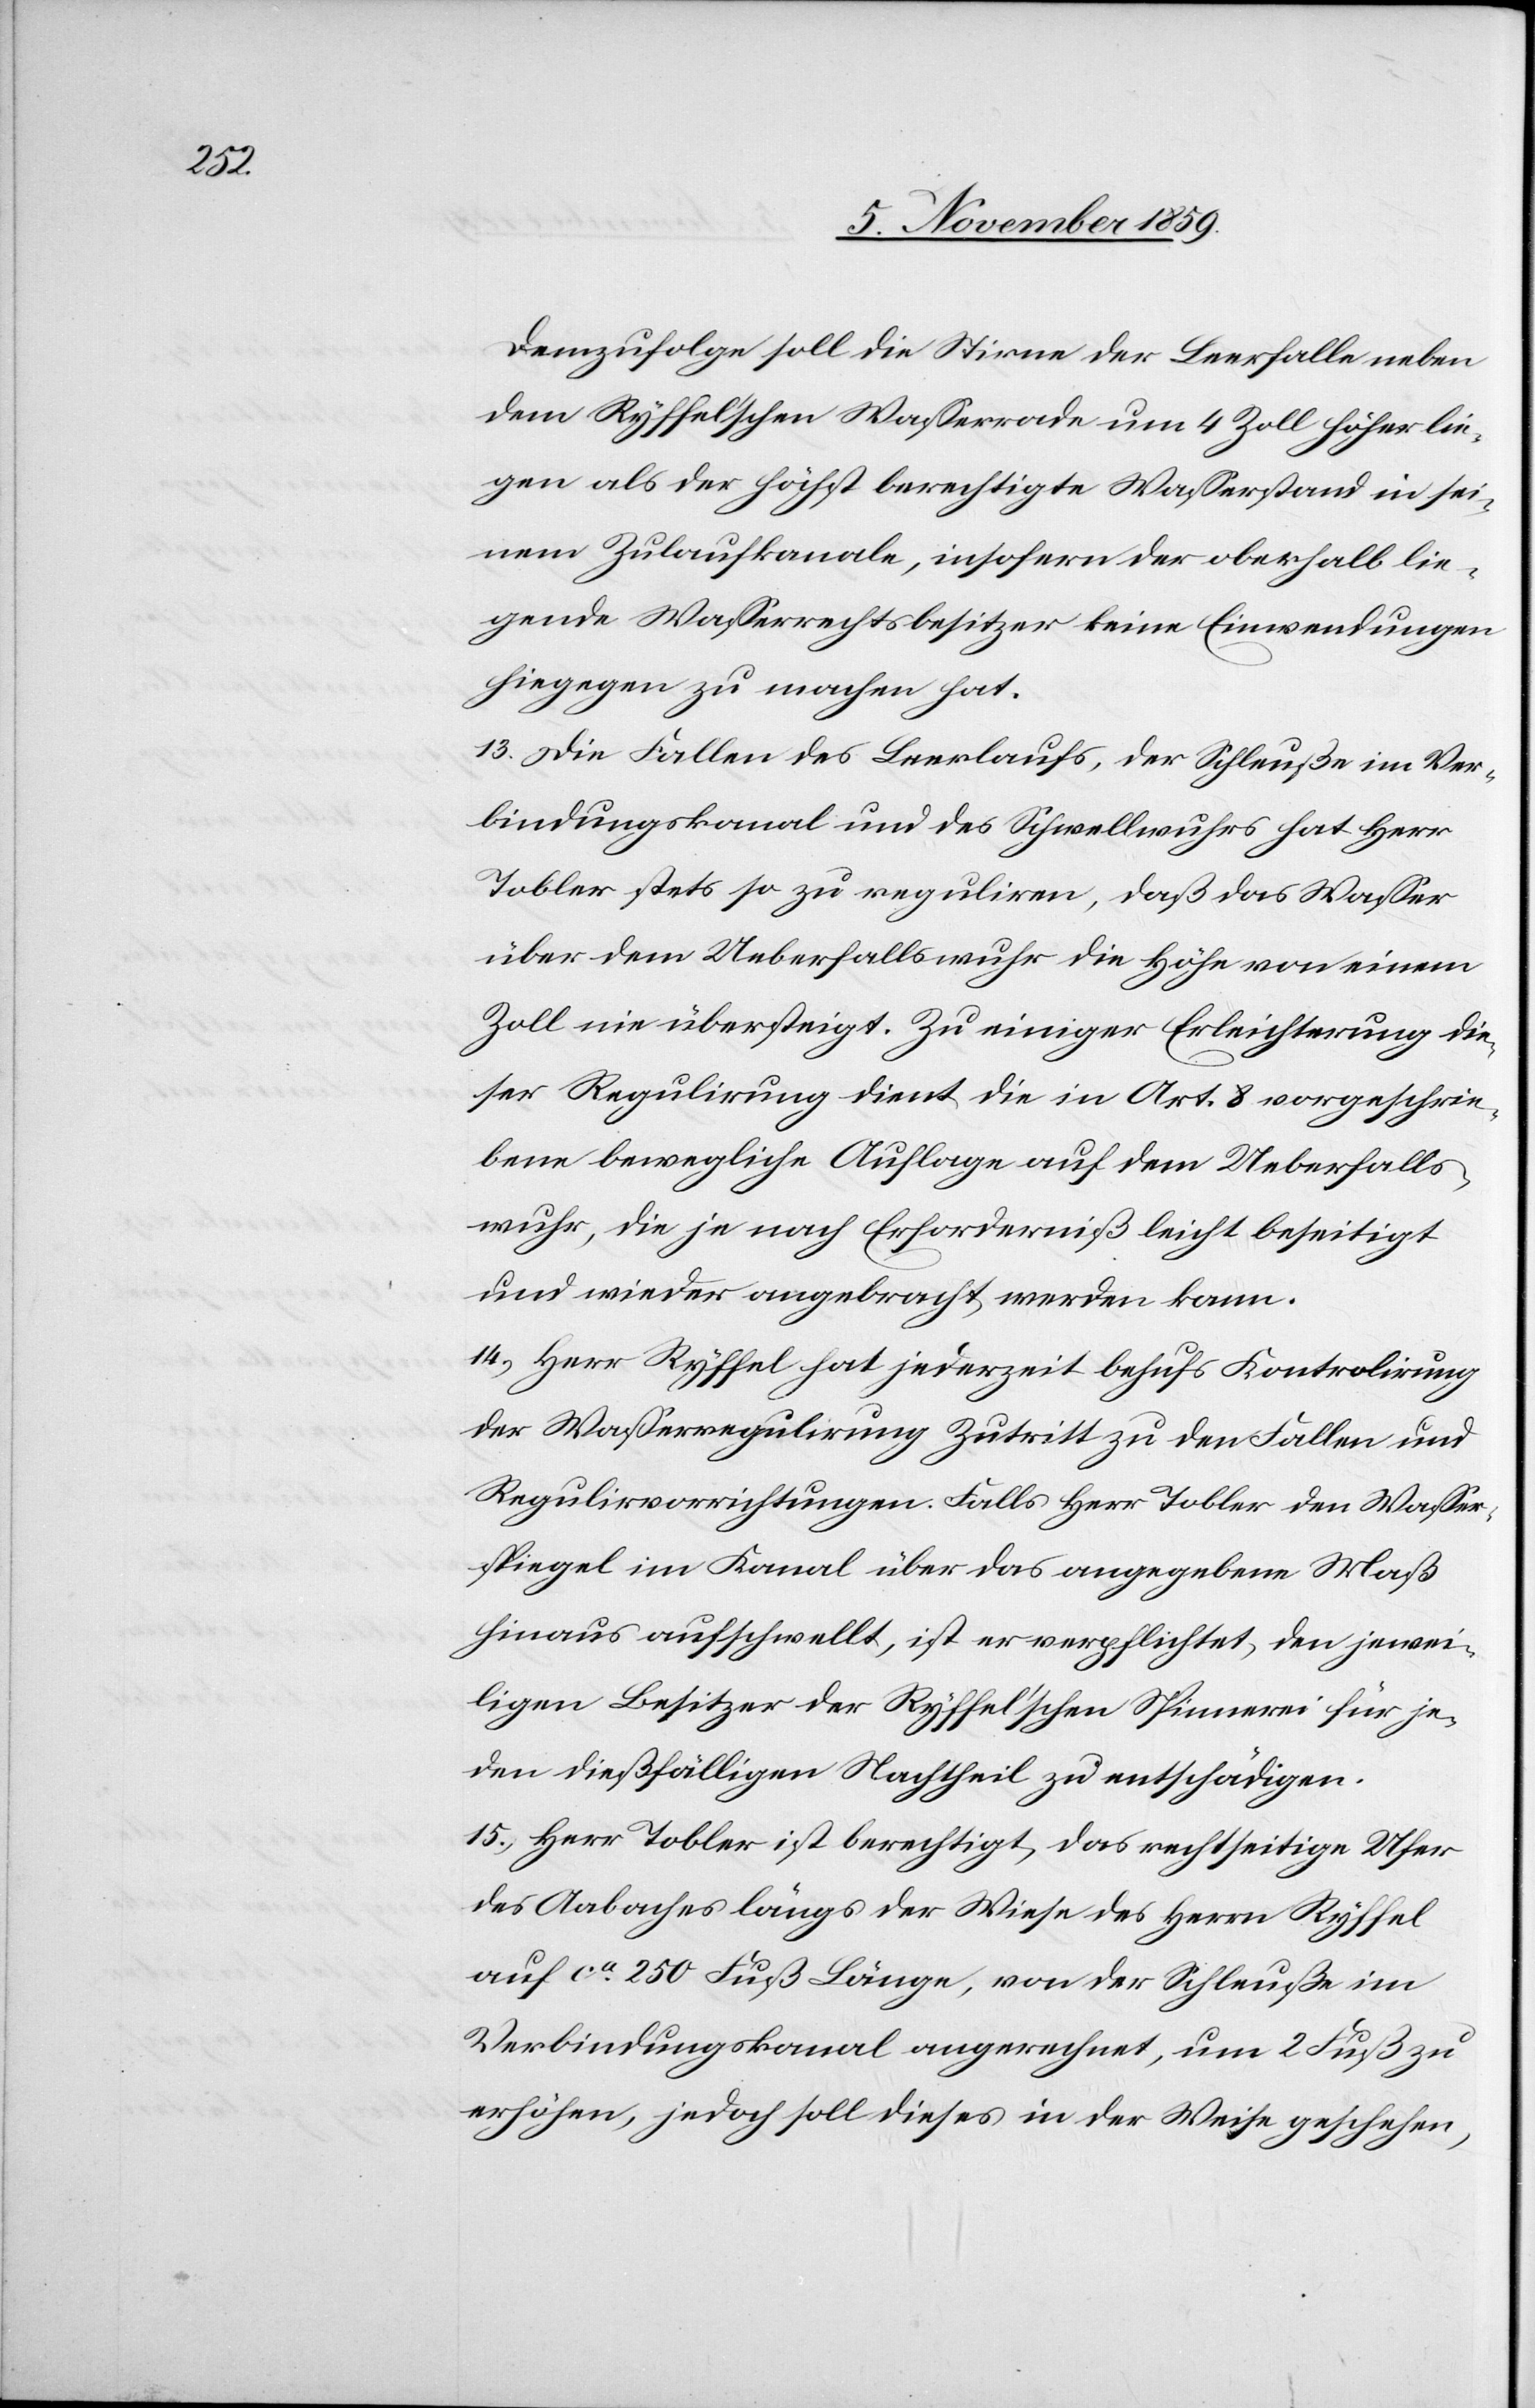
Demzufolge soll die Stirne der Leerfalle neben
dem Ryffel’schen Wasserrade um 4 Zoll höher lie¬
gen als der höchst berechtigte Wasserstand in sei¬
nem Zulaufkanale, insofern der oberhalb lie¬
gende Wasserrechtsbesitzer keine Einwendungen
hiegegen zu machen hat.
13) Die Fallen des Leerlaufs, der Schleuße im Ver¬
bindungskanal und des Schwellwuhrs hat Herr
Tobler stets so zu reguliren, daß das Wasser
über dem Ueberfallswuhr die Höhe von einem
Zoll nie übersteigt. Zu einiger Erleichterung die¬
ser Regulirung dient die in Art. 8 vorgeschrie¬
bene bewegliche Auflage auf dem Ueberfalls¬
wuhr, die je nach Erforderniß leicht befestigt
und wieder angebracht werden kann.
14) Herr Ryffel hat jederzeit behufs Kontrolirung
der Wasserregulirung Zutritt zu den Fallen und
Regulirvorrichtungen. Falls Herr Tobler den Wasser¬
spiegel im Kanal über das angegebene Maß
hinaus aufschwellt, ist er verpflichtet, den jewei¬
ligen Besitzer der Ryffel’schen Spinnerei für je¬
den dießfälligen Nachtheil zu entschädigen.
15) Herr Tobler ist berechtigt, das rechtseitige Ufer
des Aabaches längs der Wiese des Herrn Ryffel
auf ca. 250 Fuß Länge, von der Schleuße im
Verbindungskanal angerechnet, um 2 Fuß zu
erhöhen, jedoch soll dieses in der Weise geschehen,